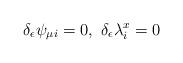
LaTeX: \begin{align*}\delta_{\epsilon}\psi_{\mu i}=0,\ \delta_{\epsilon}\lambda_i^x=0\end{align*}